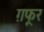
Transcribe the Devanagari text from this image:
ग़फूर